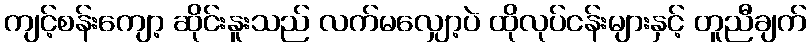
ကျင့်စန်းကျော့ ဆိုင်းနူးသည် လက်မလျှော့ပဲ ထိုလုပ်ငန်းများနှင့် တူညီချက်